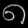
Digit: ၈